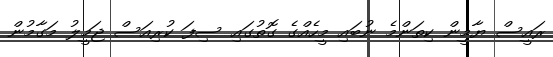
ރައީސް ޔާމީން ކިތަންމެ ނުބައި މީހެއްގެ ގޮތުގައި ސިފަ ކުރިއަސް ޖަމީލު މަގާމުން